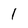
Character: i